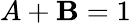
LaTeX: A+\mathbf{B}=1